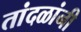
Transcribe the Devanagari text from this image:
तांदळांनी